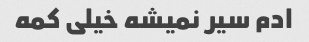
ادم سیر نمیشه خیلی کمه